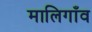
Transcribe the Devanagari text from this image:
मालिगाँव